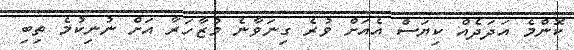
ކޮންމެ އަދަދެއް ކިޔަސް އެއަށް ވުރެ ގިނަވާނެ މުޒާހަރާ އަށް ނުނިކުމެ ތިބި